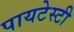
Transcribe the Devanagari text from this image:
पायटेस्टी